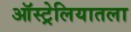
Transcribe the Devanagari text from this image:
ऑस्ट्रेलियातला